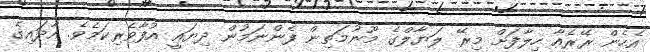
އެހެން ރޭރެއާ ހިލާފަށް މިރޭ ލަޔާލްގެ މޫނުމަތިން ފެންނަމުން ދިޔައީ އުފާވެރިކަމެވެ. އާދައިގެ